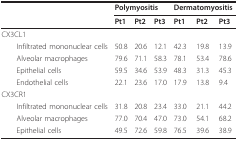
<table><thead><tr><td></td><td colspan="3"><b>Polymyositis</b></td><td colspan="3"><b>Dermatomyositis</b></td></tr><tr><td></td><td><b>Pt1</b></td><td><b>Pt2</b></td><td><b>Pt3</b></td><td><b>Pt1</b></td><td><b>Pt2</b></td><td><b>Pt3</b></td></tr></thead><tbody><tr><td>CX3CL1</td><td></td><td></td><td></td><td></td><td></td><td></td></tr><tr><td> Infiltrated mononuclear cells</td><td>50.8</td><td>20.6</td><td>12.1</td><td>42.3</td><td>19.8</td><td>13.9</td></tr><tr><td> Alveolar macrophages</td><td>79.6</td><td>71.1</td><td>58.3</td><td>78.1</td><td>53.4</td><td>78.6</td></tr><tr><td> Epithelial cells</td><td>59.5</td><td>34.6</td><td>53.9</td><td>48.3</td><td>31.3</td><td>45.3</td></tr><tr><td> Endothelial cells</td><td>22.1</td><td>23.6</td><td>17.0</td><td>17.9</td><td>13.8</td><td>9.4</td></tr><tr><td>CX3CR1</td><td></td><td></td><td></td><td></td><td></td><td></td></tr><tr><td> Infiltrated mononuclear cells</td><td>31.8</td><td>20.8</td><td>23.4</td><td>33.0</td><td>21.1</td><td>44.2</td></tr><tr><td> Alveolar macrophages</td><td>77.0</td><td>70.4</td><td>47.0</td><td>73.0</td><td>54.1</td><td>68.2</td></tr><tr><td> Epithelial cells</td><td>49.5</td><td>72.6</td><td>59.8</td><td>76.5</td><td>39.6</td><td>38.9</td></tr></tbody></table>